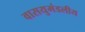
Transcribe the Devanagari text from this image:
वासयुमंडलीय